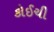
કોઈચી